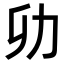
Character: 𭄠